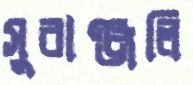
সুরাঞ্জলি